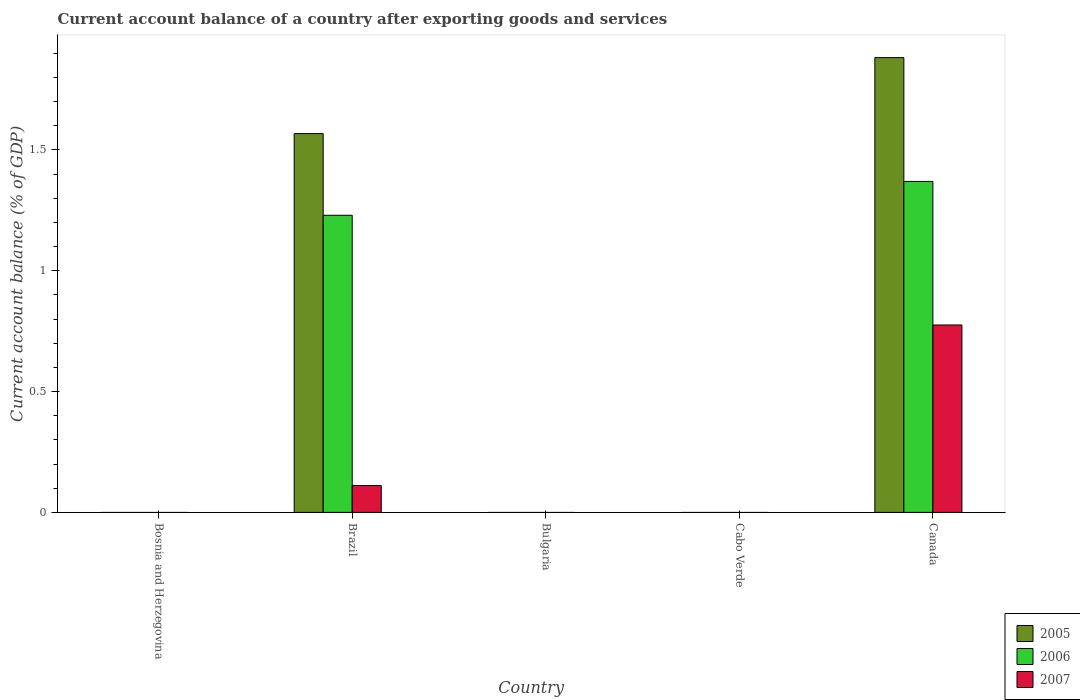
| Country | 2005 | 2006 | 2007 |
 | --- | --- | --- | --- |
 | Bosnia and Herzegovina | -16.9 | -7.95 | -9.39 |
 | Brazil | 1.57 | 1.23 | 0.111 |
 | Bulgaria | -11.2 | -17.1 | -25.5 |
 | Cabo Verde | -4.18 | -7.47 | -13.1 |
 | Canada | 1.88 | 1.37 | 0.776 |